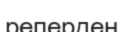
реперден